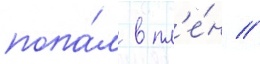
попа́л в пл'е́н //